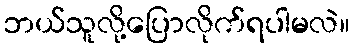
ဘယ်သူလို့ပြောလိုက်ရပါမလဲ။